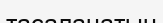
тасаланатын